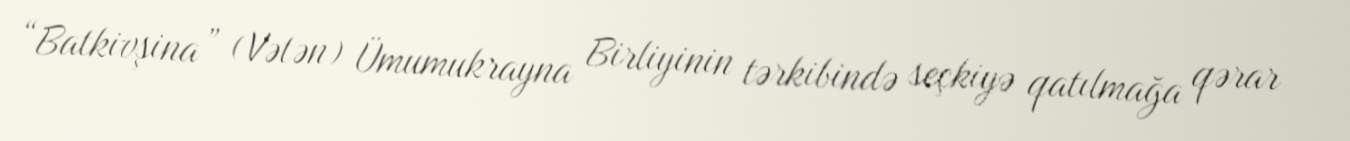
“Batkivşina” (Vətən) Ümumukrayna Birliyinin tərkibində seçkiyə qatılmağa qərar